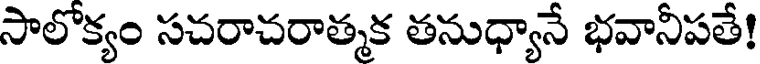
సాలోక్యం సచరాచరాత్మక తనుధ్యానే భవానీపతే!